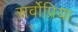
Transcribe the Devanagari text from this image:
सर्वोप्रिया